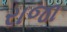
રાજા